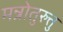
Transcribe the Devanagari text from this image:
मन्रोतुरुत्तु